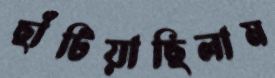
ছাঁটিয়াছিলাম